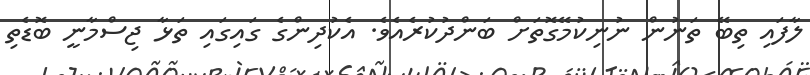
ލާފައި ތިބޭ ތަނުން ނުނިކުމޭގޮތަށް ބަންދުކުރެއެވެ. އެކުދިންގެ ގައިގައި ތަޅާ ޖިސްމާނީ ބޮޑެތި